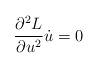
LaTeX: \begin{align*}\frac{\partial^{2}L}{\partial u^{2}}\dot{u}=0\, \end{align*}